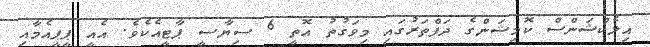
އިލެކްޝަންސް ކޮމިޝަންގެ ދަފްތަރުގައި މިވަގުތު އޮތީ 6 ސިޔާސީ ޕާޓީއެކެވެ. އެއީ ޕީޕީއެމާއި